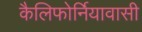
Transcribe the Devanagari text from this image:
कैलिफोर्नियावासी